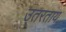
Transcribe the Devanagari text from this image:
उतरताय